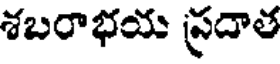
శబరాభయ ప్రదాత